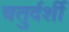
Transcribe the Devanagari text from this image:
चतुर्दर्शी